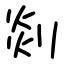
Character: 剡